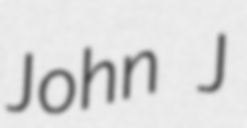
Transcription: John J